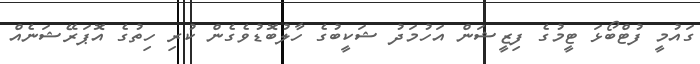
ގައުމީ ފުޓްބޯޅަ ޓީމުގެ ފިޒީޝަން އަހުމަދު ޝަކީބުގެ ހާލުބޮޑުވެގެން ކުރި ހިތުގެ އޮޕަރޭޝަނެއް